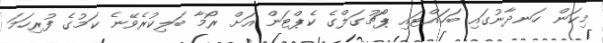
މިކަން ހަނދާނުގައި ބަހައްޓައި ޕޯޗުގަލްގެ ކެޕްޓަން އަށް ރޯމާ ބަލިކުރެވޭނެ ކަމުގެ ފުރިހަމަ